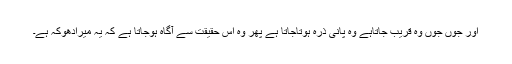
اور جوں جوں وہ قریب جاتاہے وہ پانی ذرّہ ہوتاجاتا ہے پھر وہ اس حقیقت سے آگاہ ہوجاتا ہے کہ یہ میرادھوکہ ہے۔